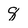
Character: 8